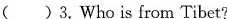
（ ）3.Who is from Tibet?